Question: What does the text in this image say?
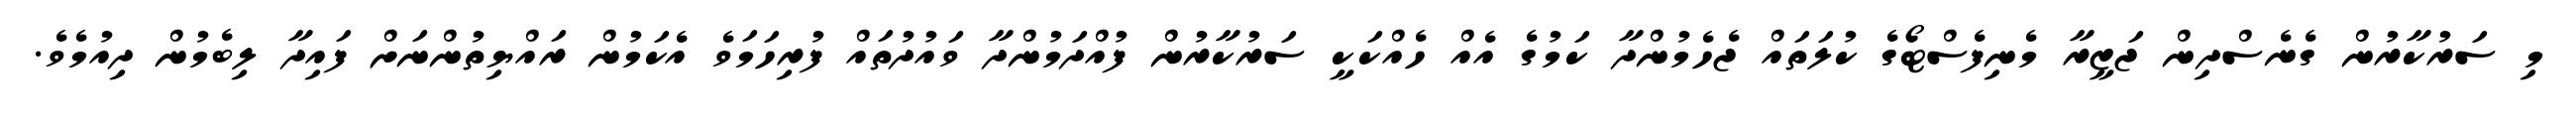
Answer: މި ސަރުކާރުން ގެނެސްދިން ޖަޒީރާ މެނިފެސްޓޯގެ ކުލަތައް ޖެހެމުންދާ ކަމުގެ އެއް ހެއްކަކީ ސަރުކާރުން ފުއްދަމުންދާ ވައުދުތައް ފުރިހަމަވެ އެކަމުން ރައްޔިތުންނަށް ފައިދާ ލިބެމުން ދިއުމެވެ.